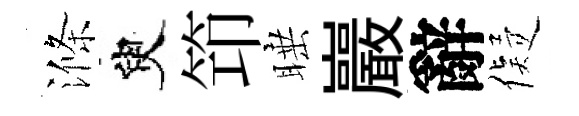
滌臾笻睡巖辭儗